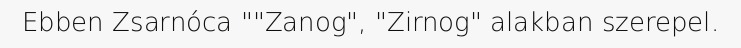
Ebben Zsarnóca ""Zanog", "Zirnog" alakban szerepel.